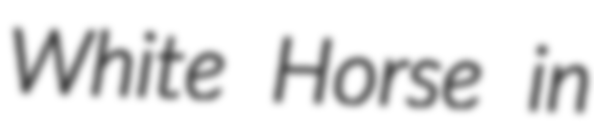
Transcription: White Horse in